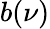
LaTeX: b(\nu)